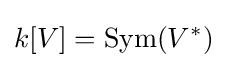
k[V]=\operatorname {Sym} (V^{*})